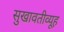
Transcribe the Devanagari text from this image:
सुखावतीव्यूह